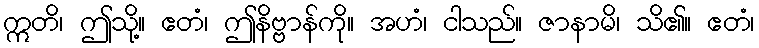
ဣတိ၊ ဤသို့။ ဧတံ၊ ဤနိဗ္ဗာန်ကို။ အဟံ၊ ငါသည်။ ဇာနာမိ၊ သိ၏။ ဧတံ၊